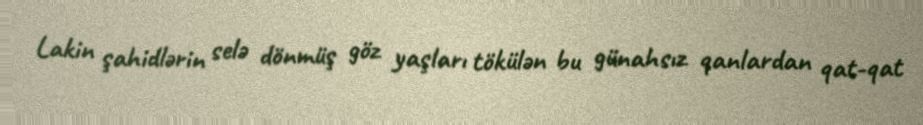
Lakin şahidlərin selə dönmüş göz yaşları tökülən bu günahsız qanlardan qat-qat